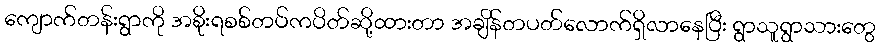
ကျောက်တန်းရွာကို အစိုးရစစ်တပ်ကပိတ်ဆို့ထားတာ အချိန်တပတ်လောက်ရှိလာနေပြီး ရွာသူရွာသားတွေ